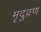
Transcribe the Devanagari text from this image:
मृदुव्रण